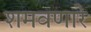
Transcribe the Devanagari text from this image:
शमवणारे